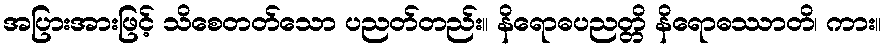
အပြားအားဖြင့် သိစေတတ်သော ပညတ်တည်း။ နိရောဓပညတ္တိ နိရောဓဿာတိ၊ ကား။